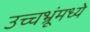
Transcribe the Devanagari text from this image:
उच्चभ्रूंमध्ये